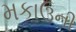
મકાઉની